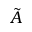
\tilde { A }